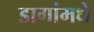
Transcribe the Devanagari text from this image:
डागांमधे